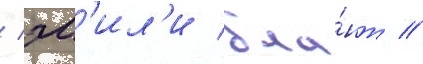
/ эм'ил'и бла́нт /